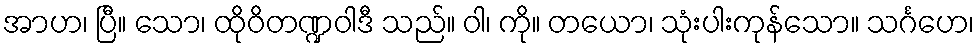
အာဟ၊ ပြီ။ သော၊ ထိုဝိတဏ္ဍဝါဒီ သည်။ ဝါ၊ ကို။ တယော၊ သုံးပါးကုန်သော။ သင်္ဂဟေ၊